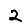
Digit: 2